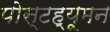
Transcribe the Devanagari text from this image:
पोस्टह्यूमन